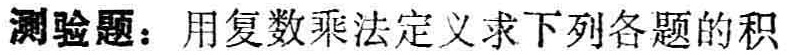
测验题：用复数乘法定义求下列各题的积